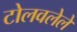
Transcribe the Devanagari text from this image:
टोलवलेले